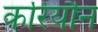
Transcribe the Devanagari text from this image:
करियौन